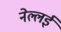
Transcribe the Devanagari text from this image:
नेल्लई